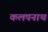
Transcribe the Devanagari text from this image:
कलपनाथ